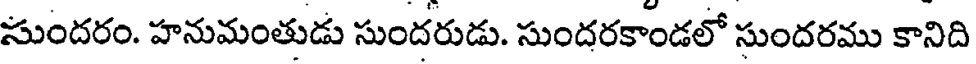
సుందరం. హనుమంతుడు సుందరుడు. సుందరకాండలో సుందరము కానిది